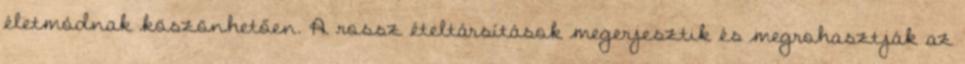
életmódnak köszönhetően. A rossz ételtársítások megerjesztik és megrohasztják az